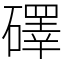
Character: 礋